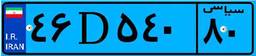
۹۱D۹۸۲۳۱